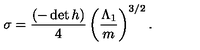
\sigma = \frac { ( - \det h ) } { 4 } \left( \frac { \Lambda _ { 1 } } { m } \right) ^ { 3 / 2 } .